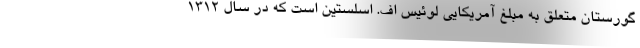
گورستان متعلق به مبلّغ آمریکایی لوئیس اف. اسلستین است که در سال ۱۳۱۲